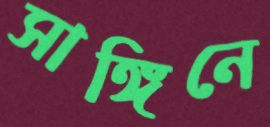
সাঙ্গিনে